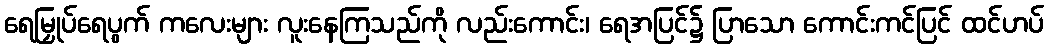
ရေမြှုပ်ရေပွက် ကလေးများ လူးနေကြသည်ကို လည်းကောင်း၊ ရေအပြင်၌ ပြာသော ကောင်းကင်ပြင် ထင်ဟပ်